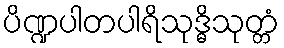
ပိဏ္ဍပါတပါရိသုဒ္ဓိသုတ္တံ